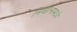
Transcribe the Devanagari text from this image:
निर्वहनामध्ये